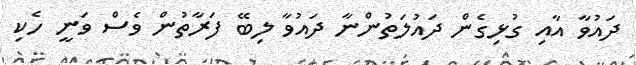
ދައުވާ އާއި ގުޅިގެން ދައުލަތުންނާ ދައުވާ ލިބޭ ފަރާތުން ވެސް ވަނީ ހެކި